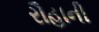
રૌહાની